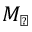
M _ { \sun }